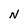
Character: N